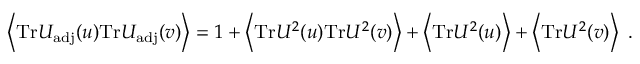
\left< \mathrm { T r } U _ { \mathrm { a d j } } ( u ) \mathrm { T r } U _ { \mathrm { a d j } } ( v ) \right> = 1 + \left< \mathrm { T r } U ^ { 2 } ( u ) \mathrm { T r } U ^ { 2 } ( v ) \right> + \left< \mathrm { T r } U ^ { 2 } ( u ) \right> + \left< \mathrm { T r } U ^ { 2 } ( v ) \right> \ .